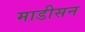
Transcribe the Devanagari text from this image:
माडीसन